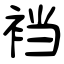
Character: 裆